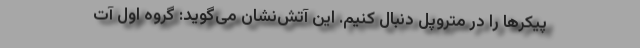
پیکرها را در متروپل دنبال کنیم. این آتش‌نشان می‌گوید: گروه اول آت